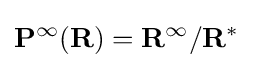
\mathbf {P} ^{\infty }(\mathbf {R} )=\mathbf {R} ^{\infty }/\mathbf {R} ^{*}